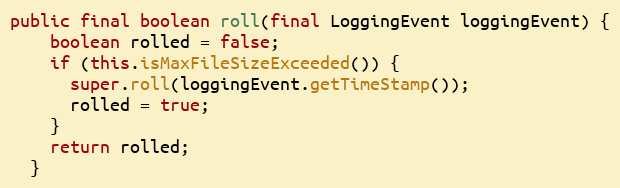
Language: Java
public final boolean roll(final LoggingEvent loggingEvent) {
    boolean rolled = false;
    if (this.isMaxFileSizeExceeded()) {
      super.roll(loggingEvent.getTimeStamp());
      rolled = true;
    }
    return rolled;
  }